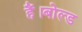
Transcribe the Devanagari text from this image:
हैं।बोल्ड